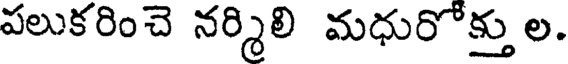
పలుకరించె నర్మిలి మధురోక్తు ల.